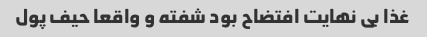
غذا بی نهایت افتضاح بود شفته و واقعا حیف پول